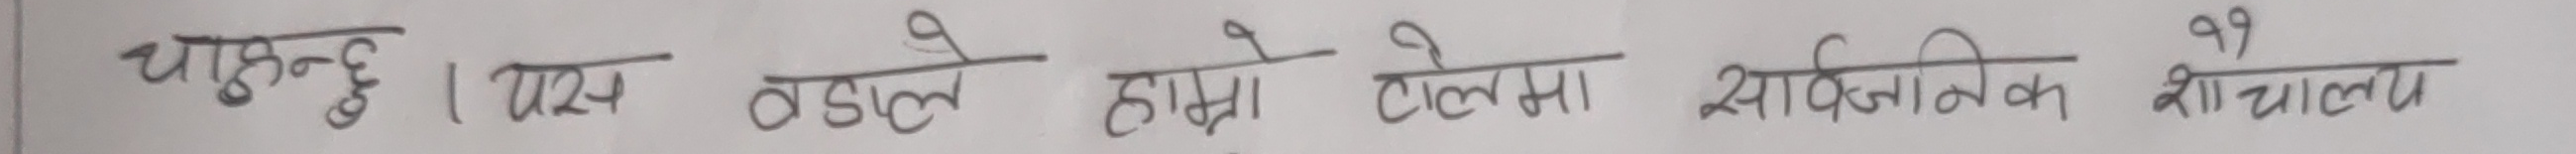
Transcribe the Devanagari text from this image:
चाहन्छु। यस वडाले हाम्रो टोलमा सार्वजनिक शौचालय